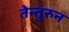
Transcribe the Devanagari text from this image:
तेन्तुरुन